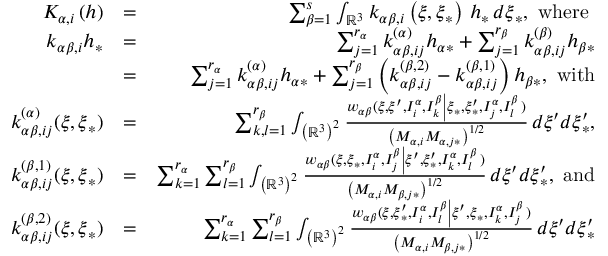
\begin{array} { r l r } { K _ { \alpha , i } \left( h \right) } & { = } & { \sum _ { \beta = 1 } ^ { s } \int _ { \mathbb { R } ^ { 3 } } k _ { \alpha \beta , i } \left( \boldsymbol { \xi } , \boldsymbol { \xi } _ { \ast } \right) \, h _ { \ast } \, d \boldsymbol { \xi } _ { \ast } \mathrm { , ~ w h e r e ~ } } \\ { k _ { \alpha \beta , i } h _ { \ast } } & { = } & { \sum _ { j = 1 } ^ { r _ { \alpha } } k _ { \alpha \beta , i j } ^ { \left( \alpha \right) } h _ { \alpha \ast } + \sum _ { j = 1 } ^ { r _ { \beta } } k _ { \alpha \beta , i j } ^ { \left( \beta \right) } h _ { \beta \ast } } \\ & { = } & { \sum _ { j = 1 } ^ { r _ { \alpha } } k _ { \alpha \beta , i j } ^ { \left( \alpha \right) } h _ { \alpha \ast } + \sum _ { j = 1 } ^ { r _ { \beta } } \left( k _ { \alpha \beta , i j } ^ { \left( \beta , 2 \right) } - k _ { \alpha \beta , i j } ^ { \left( \beta , 1 \right) } \right) h _ { \beta \ast } \mathrm { , ~ w i t h } } \\ { k _ { \alpha \beta , i j } ^ { \left( \alpha \right) } ( \boldsymbol { \xi } , \boldsymbol { \xi } _ { \ast } ) } & { = } & { \sum _ { k , l = 1 } ^ { r _ { \beta } } \int _ { \left( \mathbb { R } ^ { 3 } \right) ^ { 2 } } \frac { w _ { \alpha \beta } ( \boldsymbol { \xi } , \boldsymbol { \xi } ^ { \prime } , I _ { i } ^ { \alpha } , I _ { k } ^ { \beta } \left\vert \boldsymbol { \xi } _ { \ast } , \boldsymbol { \xi } _ { \ast } ^ { \prime } , I _ { j } ^ { \alpha } , I _ { l } ^ { \beta } \right. ) } { \left( M _ { \alpha , i } M _ { \alpha , j \ast } \right) ^ { 1 / 2 } } \, d \boldsymbol { \xi } ^ { \prime } d \boldsymbol { \xi } _ { \ast } ^ { \prime } \mathrm { , } } \\ { k _ { \alpha \beta , i j } ^ { \left( \beta , 1 \right) } ( \boldsymbol { \xi } , \boldsymbol { \xi } _ { \ast } ) } & { = } & { \sum _ { k = 1 } ^ { r _ { \alpha } } \sum _ { l = 1 } ^ { r _ { \beta } } \int _ { \left( \mathbb { R } ^ { 3 } \right) ^ { 2 } } \frac { w _ { \alpha \beta } ( \boldsymbol { \xi } , \boldsymbol { \xi } _ { \ast } , I _ { i } ^ { \alpha } , I _ { j } ^ { \beta } \left\vert \boldsymbol { \xi } ^ { \prime } , \boldsymbol { \xi } _ { \ast } ^ { \prime } , I _ { k } ^ { \alpha } , I _ { l } ^ { \beta } \right. ) } { \left( M _ { \alpha , i } M _ { \beta , j \ast } \right) ^ { 1 / 2 } } \, d \boldsymbol { \xi } ^ { \prime } d \boldsymbol { \xi } _ { \ast } ^ { \prime } \mathrm { , ~ a n d } } \\ { k _ { \alpha \beta , i j } ^ { \left( \beta , 2 \right) } ( \boldsymbol { \xi } , \boldsymbol { \xi } _ { \ast } ) } & { = } & { \sum _ { k = 1 } ^ { r _ { \alpha } } \sum _ { l = 1 } ^ { r _ { \beta } } \int _ { \left( \mathbb { R } ^ { 3 } \right) ^ { 2 } } \frac { w _ { \alpha \beta } ( \boldsymbol { \xi } , \boldsymbol { \xi } _ { \ast } ^ { \prime } , I _ { i } ^ { \alpha } , I _ { l } ^ { \beta } \left\vert \boldsymbol { \xi } ^ { \prime } , \boldsymbol { \xi } _ { \ast } , I _ { k } ^ { \alpha } , I _ { j } ^ { \beta } \right. ) } { \left( M _ { \alpha , i } M _ { \beta , j \ast } \right) ^ { 1 / 2 } } \, d \boldsymbol { \xi } ^ { \prime } d \boldsymbol { \xi } _ { \ast } ^ { \prime } } \end{array}